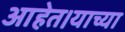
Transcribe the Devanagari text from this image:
आहेत।याच्या